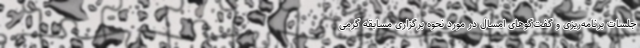
جلسات برنامه‌ریزی و گفت‌گوهای امسال در مورد نحوه برگزاری مسابقه گرمی